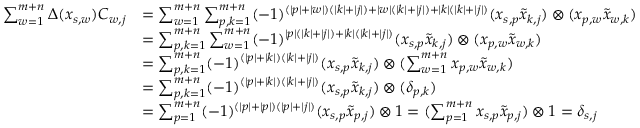
\begin{array} { r l } { \sum _ { w = 1 } ^ { m + n } \Delta ( x _ { s , w } ) C _ { w , j } } & { = \sum _ { w = 1 } ^ { m + n } \sum _ { p , k = 1 } ^ { m + n } ( - 1 ) ^ { ( | p | + | w | ) ( | k | + | j | ) + | w | ( | k | + | j | ) + | k | ( | k | + | j | ) } ( x _ { s , p } \tilde { x } _ { k , j } ) \otimes ( x _ { p , w } \tilde { x } _ { w , k } ) } \\ & { = \sum _ { p , k = 1 } ^ { m + n } \sum _ { w = 1 } ^ { m + n } ( - 1 ) ^ { | p | ( | k | + | j | ) + | k | ( | k | + | j | ) } ( x _ { s , p } \tilde { x } _ { k , j } ) \otimes ( x _ { p , w } \tilde { x } _ { w , k } ) } \\ & { = \sum _ { p , k = 1 } ^ { m + n } ( - 1 ) ^ { ( | p | + | k | ) ( | k | + | j | ) } ( x _ { s , p } \tilde { x } _ { k , j } ) \otimes ( \sum _ { w = 1 } ^ { m + n } x _ { p , w } \tilde { x } _ { w , k } ) } \\ & { = \sum _ { p , k = 1 } ^ { m + n } ( - 1 ) ^ { ( | p | + | k | ) ( | k | + | j | ) } ( x _ { s , p } \tilde { x } _ { k , j } ) \otimes ( \delta _ { p , k } ) } \\ & { = \sum _ { p = 1 } ^ { m + n } ( - 1 ) ^ { ( | p | + | p | ) ( | p | + | j | ) } ( x _ { s , p } \tilde { x } _ { p , j } ) \otimes 1 = ( \sum _ { p = 1 } ^ { m + n } x _ { s , p } \tilde { x } _ { p , j } ) \otimes 1 = \delta _ { s , j } } \end{array}